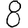
Digit: 8